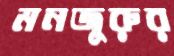
মনজুরুর